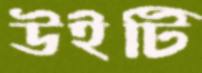
উইটি